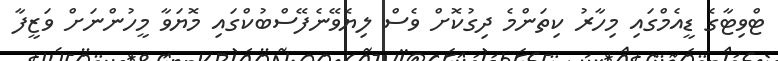
ޓްވިޓާގެ ޑީއެމްގައި މިހާރު ކިތަންމެ ދިގުކޮށް ވެސް ލިޔެވޭނެފޭސްބުކްގައި މޮޔަވާ މީހުންނަށް ވަޒީފާ